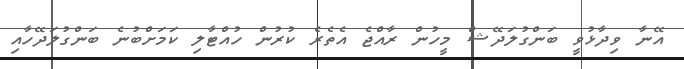
އޭނާ ވިދާޅުވީ ބަންގުލަދޭޝް މީހުން ރާއްޖެ އެތެރެ ކުރުން ހުއްޓާލި ކަމަށްބުނެ ބަންގުލަދޭހާއި